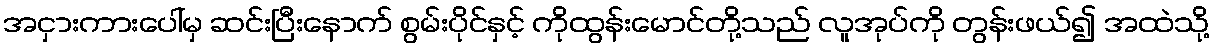
အငှားကားပေါ်မှ ဆင်းပြီးနောက် စွမ်းပိုင်နှင့် ကိုထွန်းမောင်တို့သည် လူအုပ်ကို တွန်းဖယ်၍ အထဲသို့